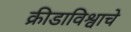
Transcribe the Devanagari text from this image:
क्रीडाविश्वाचे